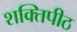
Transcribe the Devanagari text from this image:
शक्‍तिपीठ